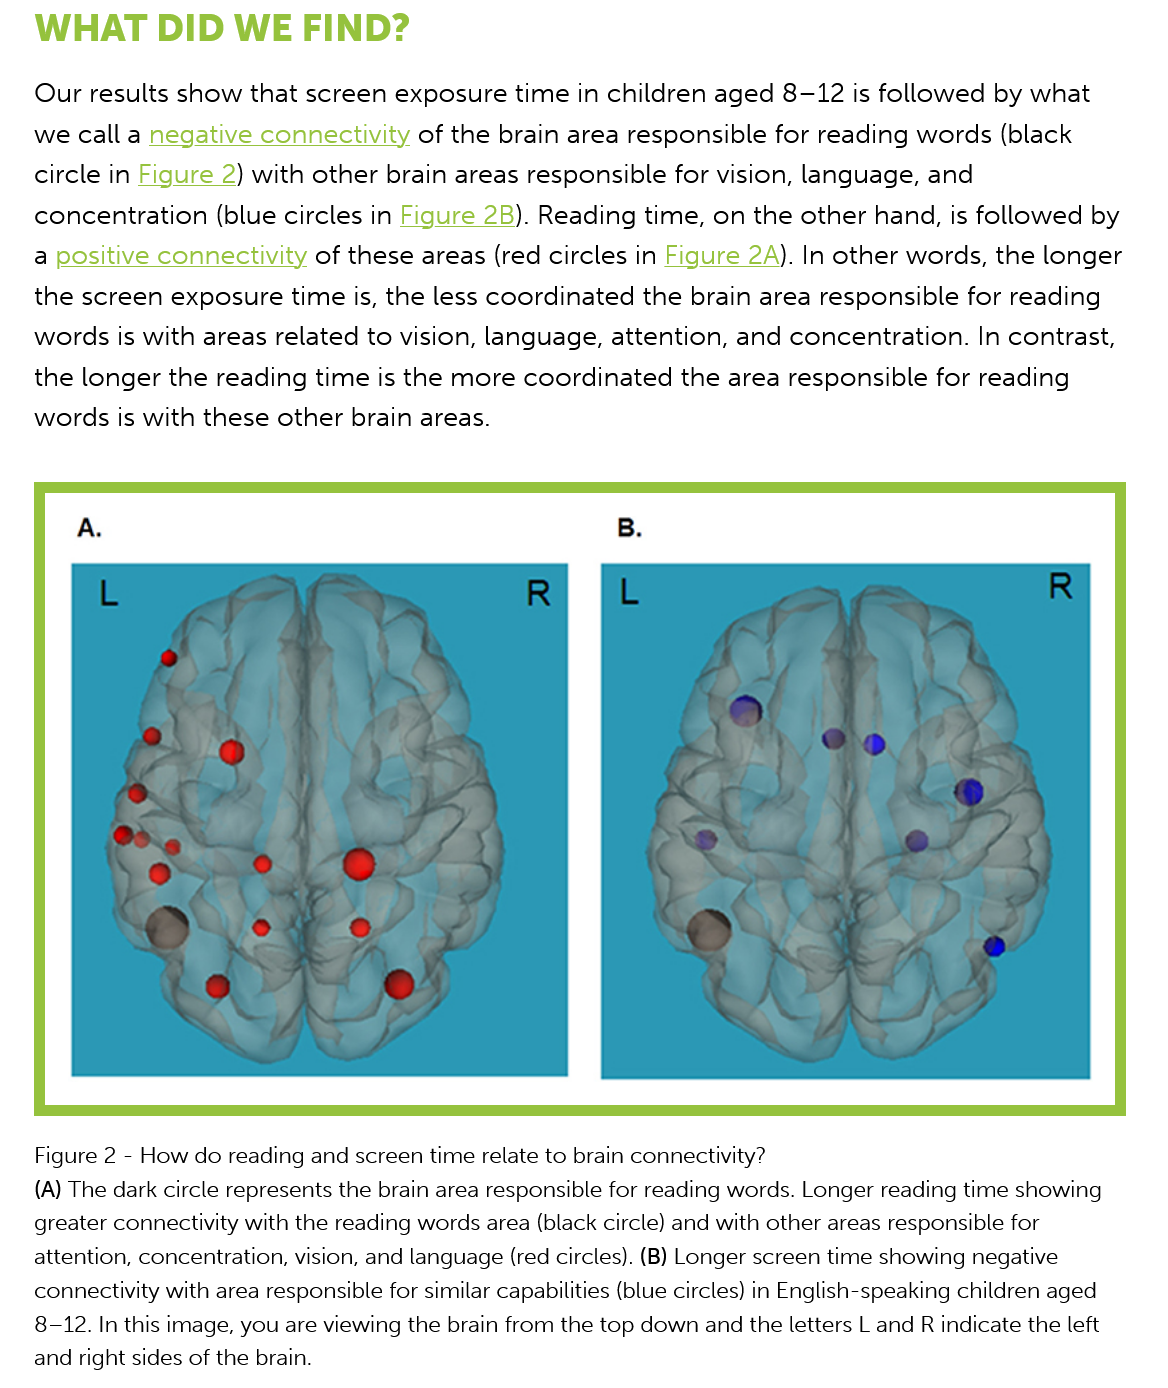
WHAT    DID    WE FIND?
    Figure 2
     -
     How  do reading and screen time relate to brain connectivity?
    (A) The dark circle represents the brain area responsible for reading words. Longer reading time showing
    greater connectivity with the reading words area (black circle) and with other areas responsible for
    attention, concentration, vision, and language (red circles). (B) Longer screen time showing negative
    connectivity with area responsible for similar capabilities (blue circles) in English-speaking children aged
    8-12. In this image, you are viewing the brain from the top down and the letters L and R indicate the left
    and right sides of the brain.
    Our  results show  that screen  exposure   time  in children aged  8-12   is followed  by what
    we  call a negative connectivity  of the  brain area responsible   for reading  words  (black
    circle in Figure  2) with other brain areas responsible   for vision, language,  and
    concentration   (blue circles in Figure 2B). Reading   time, on  the other  hand, is followed  by

    a positive connectivity  of these  areas (red circles in Figure 2A). In other  words,  the longer

    the screen  exposure   time is, the less coordinated   the brain area  responsible  for reading
    words is with  areas  related to vision, language,  attention, and  concentration.   In contrast,
    the longer  the reading  time  is the more  coordinated   the  area responsible  for reading
    words is with  these  other brain  areas.